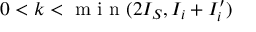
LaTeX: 0 < k < { \textrm { m i n } } ( 2 I _ { S } , I _ { i } + I _ { i } ^ { \prime } )